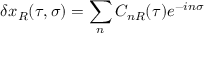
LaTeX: \delta x _ { R } ( \tau , \sigma ) = \sum _ { n } C _ { n R } ( \tau ) e ^ { - i n \sigma }